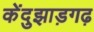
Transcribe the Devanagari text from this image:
केंदुझाड़गढ़